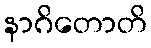
နာဂိတောတိ